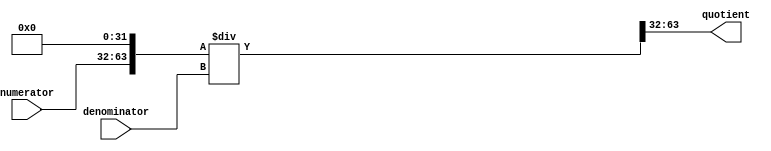
module fractional_divider (
    input wire [31:0] numerator,
    input wire [31:0] denominator,
    output reg [31:0] quotient
);

reg [63:0] result;

always @* begin
    result = numerator << 32;
    result = result / denominator;
end

assign quotient = result[63:32];

endmodule